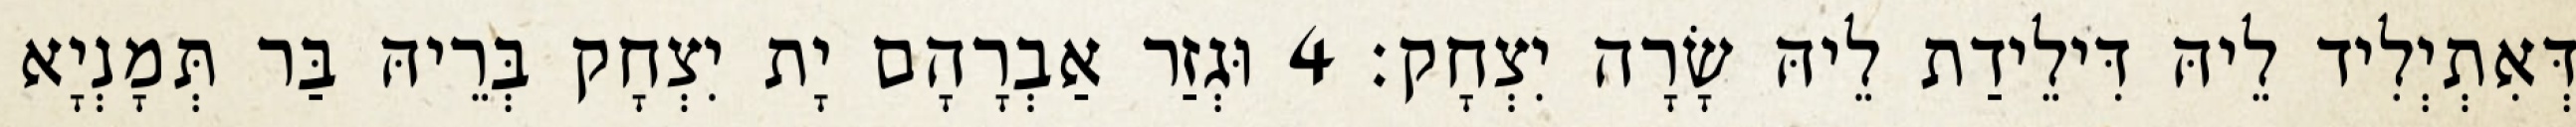
דְּאִתְיְלִיד לֵיהּ דִּילֵידַת לֵיהּ שָׂרָה יִצְחָק׃ 4 וּגְזַר אַבְרָהָם יָת יִצְחָק בְּרֵיהּ בַּר תְּמָנְיָא